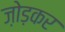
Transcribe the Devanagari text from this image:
ज़ोड़कर